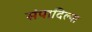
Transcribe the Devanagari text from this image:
संपादिल्या